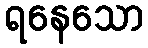
ရနေသော